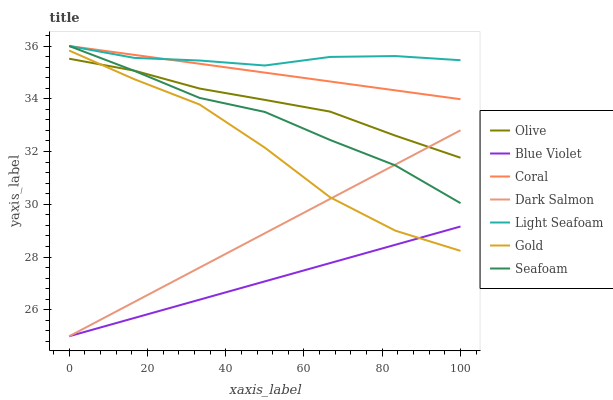
| xaxis_label | Olive | Blue Violet | Coral | Dark Salmon | Light Seafoam | Gold | Seafoam |
 | --- | --- | --- | --- | --- | --- | --- | --- |
 | 0 | 35.5 | 25 | 36 | 25 | 36 | 35.8 | 36 |
 | 16.7 | 35.1 | 25.7 | 35.7 | 26.3 | 35.5 | 34.7 | 35.1 |
 | 33.3 | 34.4 | 26.4 | 35.3 | 27.6 | 35.5 | 33.8 | 34 |
 | 50 | 34 | 27.1 | 35 | 28.9 | 35.3 | 32.1 | 33.5 |
 | 66.7 | 33.5 | 27.8 | 34.7 | 30.2 | 35.6 | 30.3 | 32.4 |
 | 83.3 | 32.6 | 28.5 | 34.3 | 31.5 | 35.6 | 29 | 31.5 |
 | 100 | 31.8 | 29.2 | 34 | 32.8 | 35.5 | 28.2 | 30 |